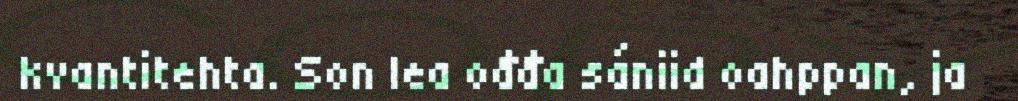
kvantitehta. Son lea ođđa sániid oahppan, ja